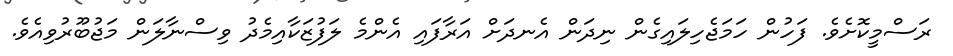
ރަސްމީކޮށެވެ. ފަހުން ހަމަޖެހިލައިގެން ނިދަން އެނދަށް އަރާފައި އެންމެ ލަފުޒަކާއިމެދު ވިސްނާލަން މަޖުބޫރުވިއެވެ.